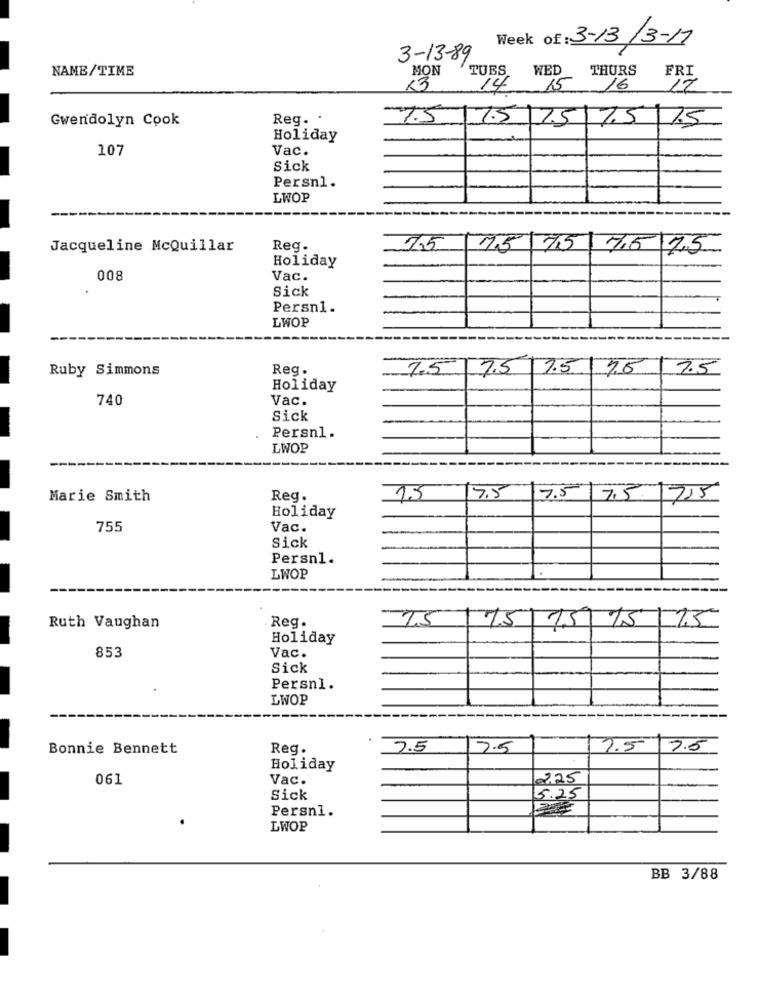
Week of: 3-13/3-17
3-13-89
NAME/TIME
MON
TUES, WED THURS
FRI
<3
14
15
16
17
Gwendolyn Cook
Reg. .
7.5/ 1.5 75 7.5 15
Holiday
107
Vac.
Sick
Persn1.
LWOP
Jacqueline McQuillar
Reg.
7,5
7.5 75 75 75
Holiday
008
Vac.
Sick
Persn1.
LWOP
Ruby Simmons
Reg.
7.5
7.5
1.5
7.5
Holiday
740
Vac.
Sick
Persnl.
LWOP
Marie Smith
Reg.
15
7.5 7.5 7.15
Holiday
755
Vac.
Sick
Persn1.
LWOP
Reg.
15
Ruth Vaughan
75 75 75 75
Holiday
853
Vac.
Sick
Persnl.
LWOP
Bonnie Bennett
Reg.
7.5
7.5
2.5 7.5
Holiday
061
Vac.
2.25
Sick
5.25
Persni.
LWOP
BB 3/88